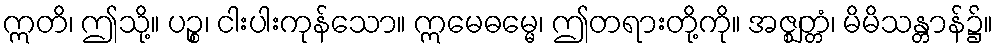
ဣတိ၊ ဤသို့။ ပဉ္စ၊ ငါးပါးကုန်သော။ ဣမေဓမ္မေ၊ ဤတရားတို့ကို။ အဇ္ဈတ္တံ၊ မိမိသန္တာန်၌။